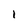
Character: l